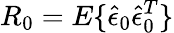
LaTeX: R_{0}=E\{ \hat{\epsilon}_{0}\hat{\epsilon}_{0}^{T}\}